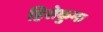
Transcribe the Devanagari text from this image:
हिरोकुमा